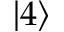
\left\lvert 4 \right\rangle